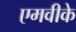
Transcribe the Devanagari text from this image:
एमवीके